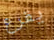
يقرع